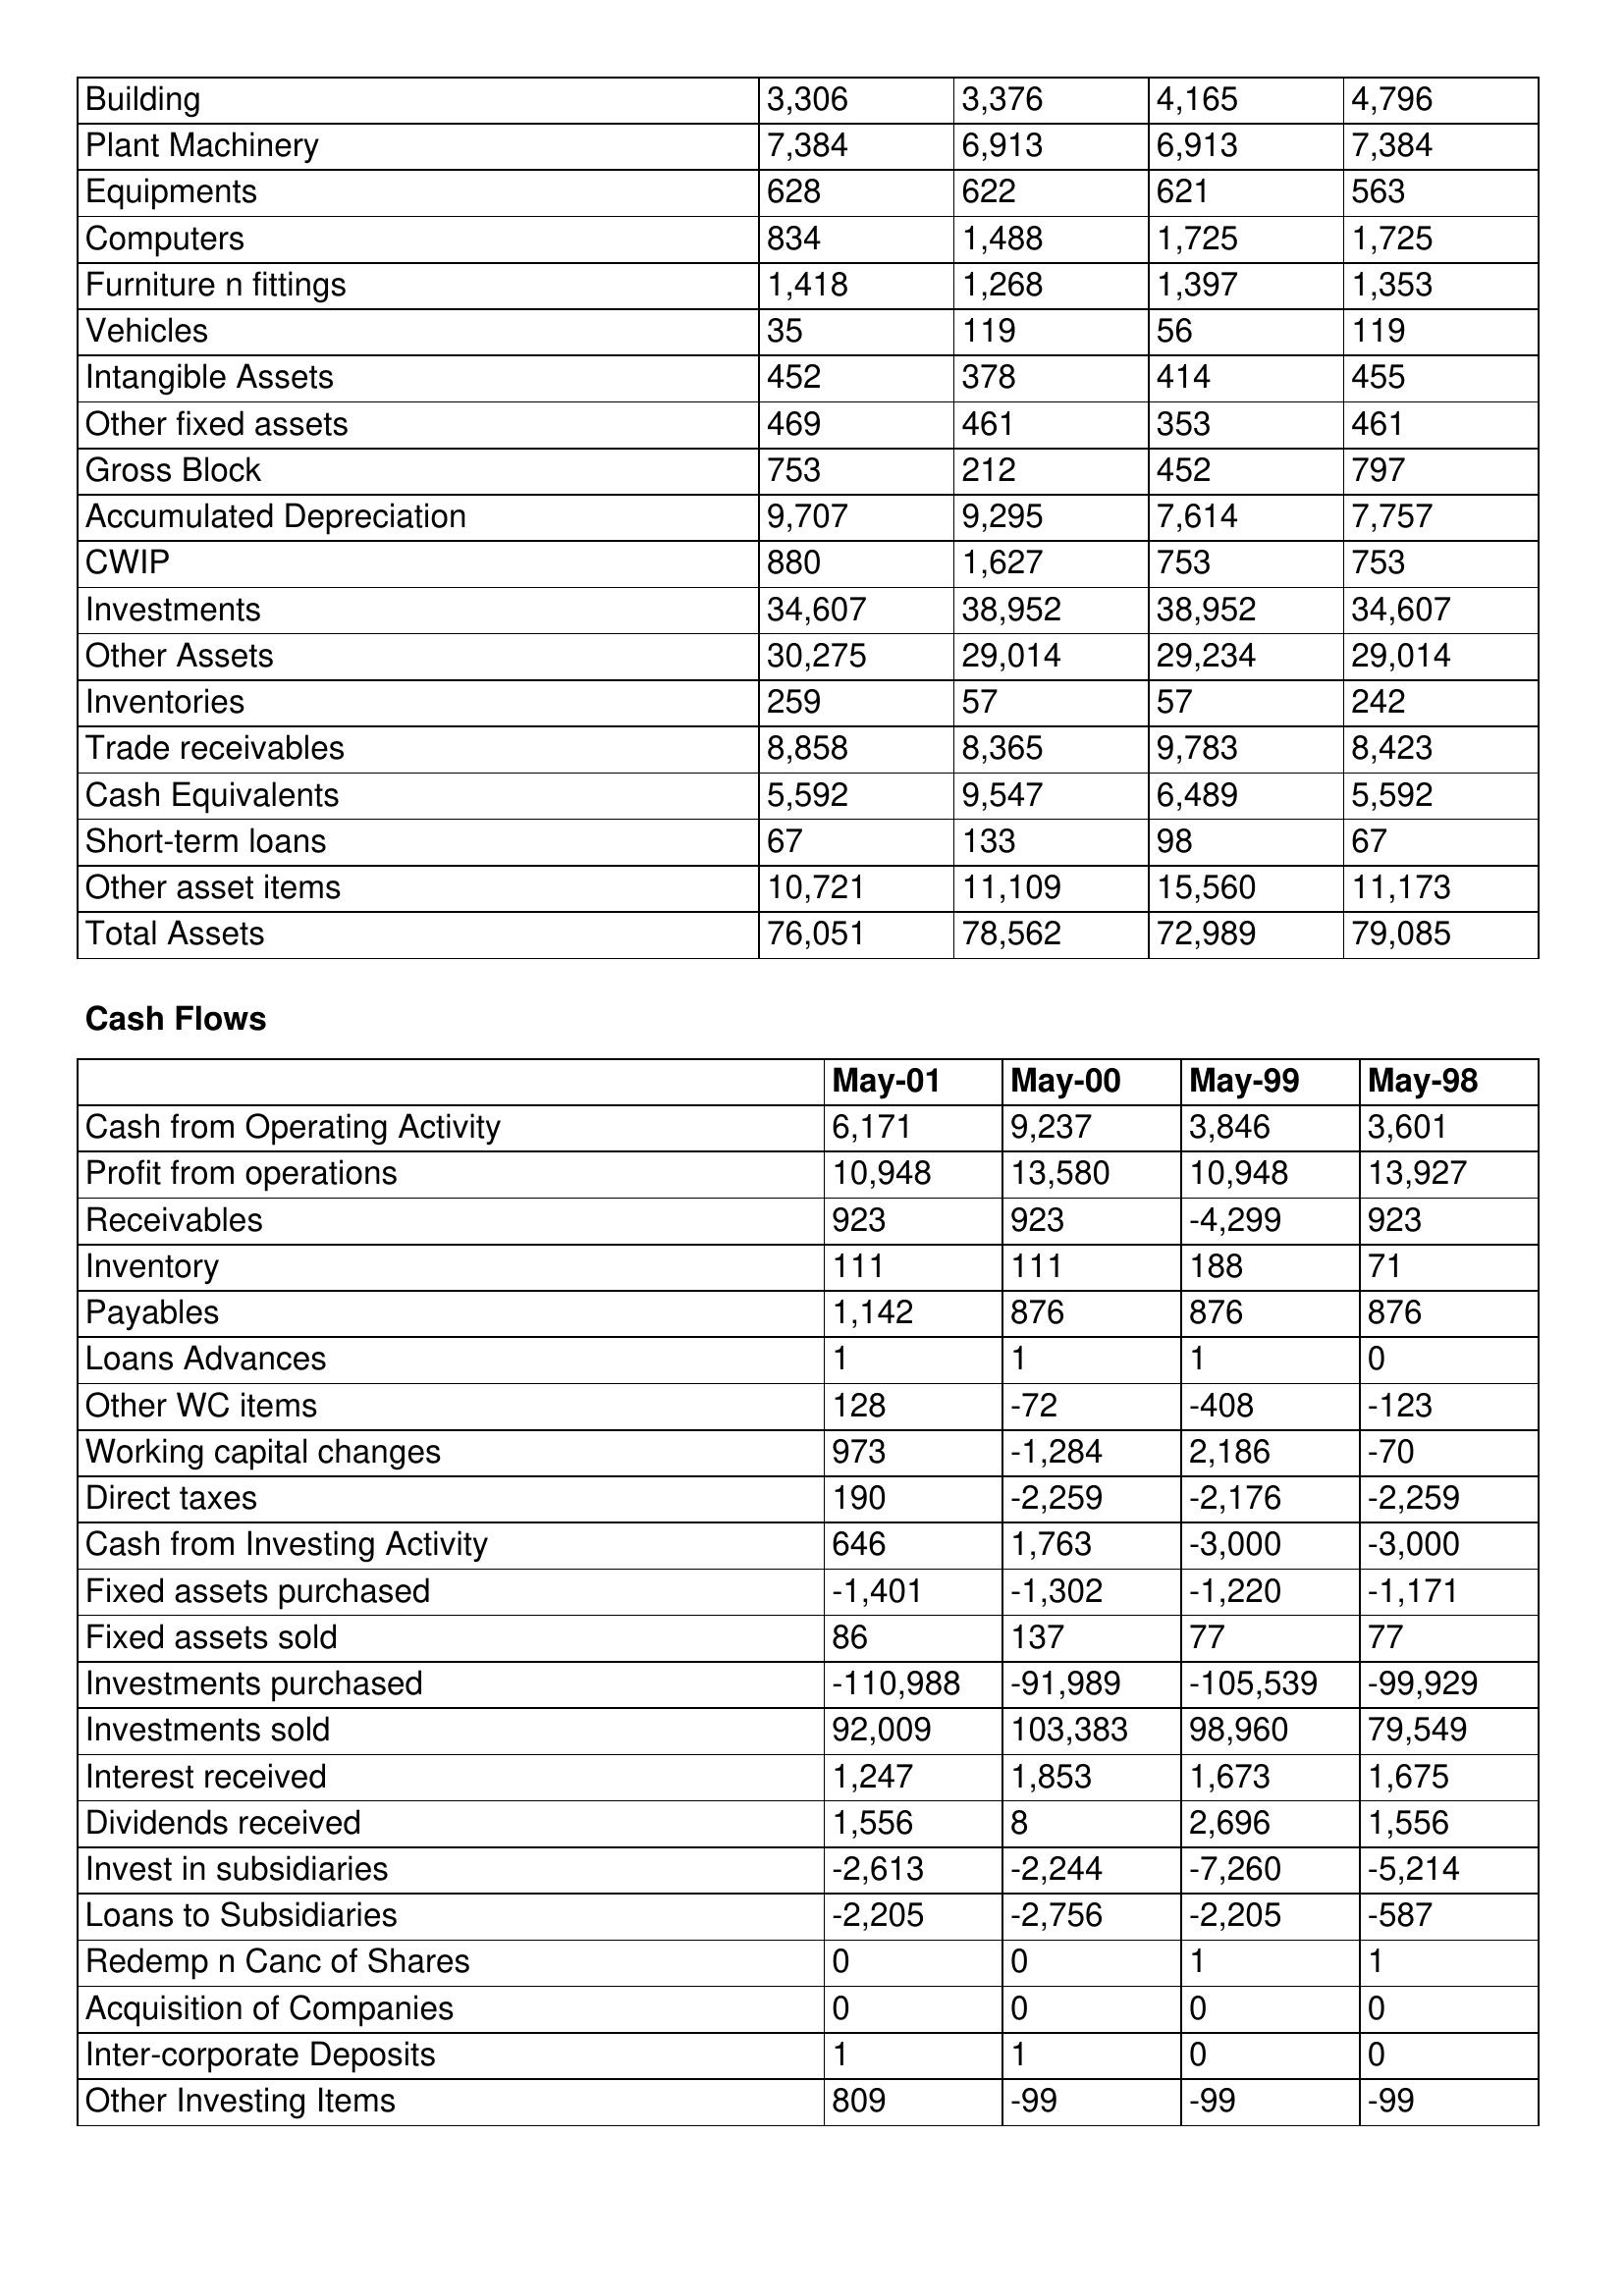
gt_parse: May-01: Balance Sheet: Building: 3,306
Plant Machinery: 7,384
Equipments: 628
Computers: 834
Furniture n fittings: 1,418
Vehicles: 35
Intangible Assets: 452
Other fixed assets: 469
Gross Block: 753
Accumulated Depreciation: 9,707
CWIP: 880
Investments: 34,607
Other Assets: 30,275
Inventories: 259
Trade receivables: 8,858
Cash Equivalents: 5,592
Short-term loans: 67
Other asset items: 10,721
Total Assets: 76,051
Cash Flows: Cash from Operating Activity: 6,171
Profit from operations: 10,948
Receivables: 923
Inventory: 111
Payables: 1,142
Loans Advances: 1
Other WC items: 128
Working capital changes: 973
Direct taxes: 190
Cash from Investing Activity: 646
Fixed assets purchased: -1,401
Fixed assets sold: 86
Investments purchased: -110,988
Investments sold: 92,009
Interest received: 1,247
Dividends received: 1,556
Invest in subsidiaries: -2,613
Loans to Subsidiaries: -2,205
Redemp n Canc of Shares: 0
Acquisition of Companies: 0
Inter-corporate Deposits: 1
Other Investing Items: 809
May-00: Balance Sheet: Building: 3,376
Plant Machinery: 6,913
Equipments: 622
Computers: 1,488
Furniture n fittings: 1,268
Vehicles: 119
Intangible Assets: 378
Other fixed assets: 461
Gross Block: 212
Accumulated Depreciation: 9,295
CWIP: 1,627
Investments: 38,952
Other Assets: 29,014
Inventories: 57
Trade receivables: 8,365
Cash Equivalents: 9,547
Short-term loans: 133
Other asset items: 11,109
Total Assets: 78,562
Cash Flows: Cash from Operating Activity: 9,237
Profit from operations: 13,580
Receivables: 923
Inventory: 111
Payables: 876
Loans Advances: 1
Other WC items: -72
Working capital changes: -1,284
Direct taxes: -2,259
Cash from Investing Activity: 1,763
Fixed assets purchased: -1,302
Fixed assets sold: 137
Investments purchased: -91,989
Investments sold: 103,383
Interest received: 1,853
Dividends received: 8
Invest in subsidiaries: -2,244
Loans to Subsidiaries: -2,756
Redemp n Canc of Shares: 0
Acquisition of Companies: 0
Inter-corporate Deposits: 1
Other Investing Items: -99
May-99: Balance Sheet: Building: 4,165
Plant Machinery: 6,913
Equipments: 621
Computers: 1,725
Furniture n fittings: 1,397
Vehicles: 56
Intangible Assets: 414
Other fixed assets: 353
Gross Block: 452
Accumulated Depreciation: 7,614
CWIP: 753
Investments: 38,952
Other Assets: 29,234
Inventories: 57
Trade receivables: 9,783
Cash Equivalents: 6,489
Short-term loans: 98
Other asset items: 15,560
Total Assets: 72,989
Cash Flows: Cash from Operating Activity: 3,846
Profit from operations: 10,948
Receivables: -4,299
Inventory: 188
Payables: 876
Loans Advances: 1
Other WC items: -408
Working capital changes: 2,186
Direct taxes: -2,176
Cash from Investing Activity: -3,000
Fixed assets purchased: -1,220
Fixed assets sold: 77
Investments purchased: -105,539
Investments sold: 98,960
Interest received: 1,673
Dividends received: 2,696
Invest in subsidiaries: -7,260
Loans to Subsidiaries: -2,205
Redemp n Canc of Shares: 1
Acquisition of Companies: 0
Inter-corporate Deposits: 0
Other Investing Items: -99
May-98: Balance Sheet: Building: 4,796
Plant Machinery: 7,384
Equipments: 563
Computers: 1,725
Furniture n fittings: 1,353
Vehicles: 119
Intangible Assets: 455
Other fixed assets: 461
Gross Block: 797
Accumulated Depreciation: 7,757
CWIP: 753
Investments: 34,607
Other Assets: 29,014
Inventories: 242
Trade receivables: 8,423
Cash Equivalents: 5,592
Short-term loans: 67
Other asset items: 11,173
Total Assets: 79,085
Cash Flows: Cash from Operating Activity: 3,601
Profit from operations: 13,927
Receivables: 923
Inventory: 71
Payables: 876
Loans Advances: 0
Other WC items: -123
Working capital changes: -70
Direct taxes: -2,259
Cash from Investing Activity: -3,000
Fixed assets purchased: -1,171
Fixed assets sold: 77
Investments purchased: -99,929
Investments sold: 79,549
Interest received: 1,675
Dividends received: 1,556
Invest in subsidiaries: -5,214
Loans to Subsidiaries: -587
Redemp n Canc of Shares: 1
Acquisition of Companies: 0
Inter-corporate Deposits: 0
Other Investing Items: -99